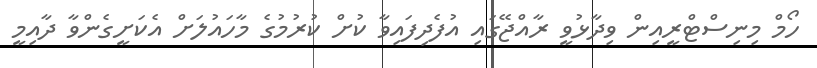
ހޯމް މިނިސްޓްރީއިން ވިދާޅުވީ ރާއްޖޭގައި އުފެދިފައިވާ ކުށް ކުރުމުގެ މާހައުލަށް އެކަށީގެންވާ ދާއިމީ